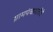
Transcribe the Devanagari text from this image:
ग्रामपंचायतींचे